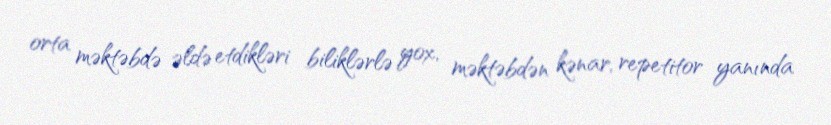
orta məktəbdə əldə etdikləri biliklərlə yox, məktəbdən kənar, repetitor yanında